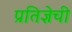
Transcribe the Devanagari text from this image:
प्रतिज्ञेची